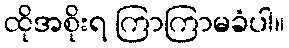
ထိုအစိုးရ ကြာကြာမခံပါ။